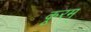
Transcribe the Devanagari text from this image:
कूरम्